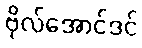
ဗိုလ်အောင်ဒင်